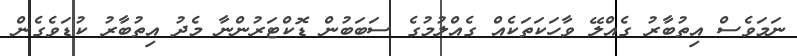
ނަމަވެސް އިތުބާރު ގެއްލޭ ވާހަކަތަކެއް ގެއްލުމުގެ ސަބަބުން ޑޮކްޓަރުންނާ މެދު އިތުބާރު ކުޑަވެގެން